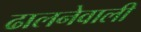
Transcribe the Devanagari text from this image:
ढालनेवाली